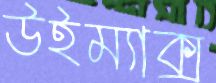
উইম্যাক্স